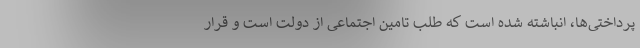
پرداختی‌ها، انباشته شده است که طلب تامین اجتماعی از دولت است و قرار